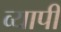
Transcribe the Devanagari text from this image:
व्‍यापी